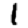
Digit: 1